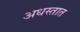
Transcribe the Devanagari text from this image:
अधस्तात